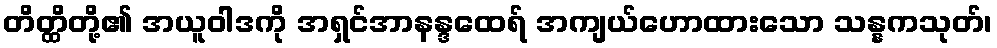
တိတ္ထိတို့၏ အယူဝါဒကို အရှင်အာနန္ဒထေရ် အကျယ်ဟောထားသော သန္နကသုတ်၊